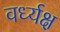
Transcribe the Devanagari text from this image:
वर्ध्यक्ष